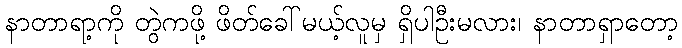
နာတာရာ့ကို တွဲကဖို့ ဖိတ်ခေါ်မယ့်လူမှ ရှိပါဦးမလား၊ နာတာရှာတော့